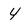
Character: 4